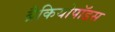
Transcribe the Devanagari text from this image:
ब्रैकियोपॉडस